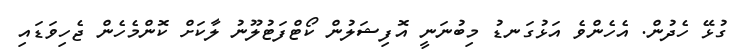
ގުޅޭ ހެދުން. އެހެންވެ އަޅުގަނޑު މިބުނަނީ އޮފިޝަލުން ކޯޓްފަޓުލޫނު ލާކަށް ކޮންމެހެން ޖެހިވަޑައި